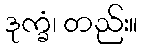
ဒုက္ခံ၊ တည်း။